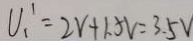
V _ { 1 } ^ { \prime } = 2 v + 1 . 5 v = 3 . 5 V